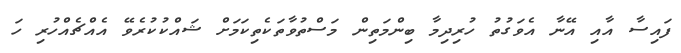
ފައިސާ އާއި އޭނާ އެވަގުތު ހުރިދިމާ ބިންމަތިން މަސްތުވާތަކެތިކަމަށް ޝައްކުކުރެވޭ އެއްޗެއްހުރި ހަ